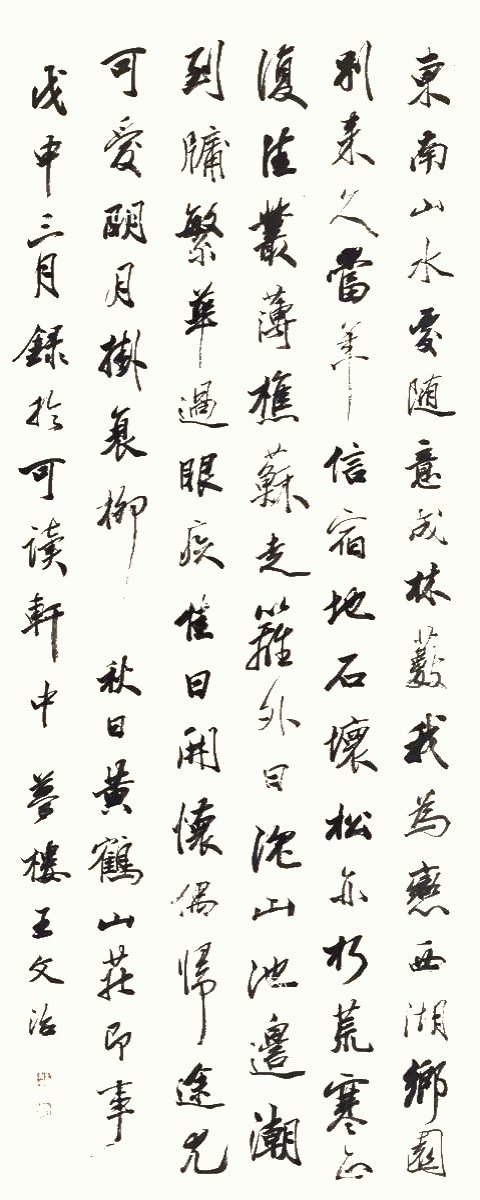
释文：东南山水处，随意成林薮。我为恋西湖，乡园别来久。当年信宿地，石坏松亦朽。荒寒正复佳，丛薄樵苏走。篱外日沉山，池边潮到牖。繁华过眼疾，佳日开怀偶。归途尤可爱，明月挂衰柳。秋日黄鹤山庄即事，戊申三月，录于可读轩中，梦楼王文治。